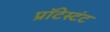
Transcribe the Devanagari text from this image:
प्रॉटेस्टंट